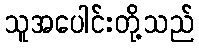
သူအပေါင်းတို့သည်